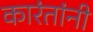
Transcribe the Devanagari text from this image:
कारंतांनी